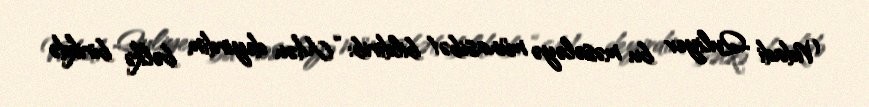
Vidadi Quliyev bu məsələyə münasibət bildirib: “Mən deyirdim bəlkə birikdə